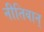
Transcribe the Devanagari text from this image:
नीतिवान्‌